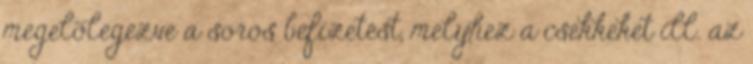
megelõlegezve a soros befizetést, melyhez a csekkeket ill. az